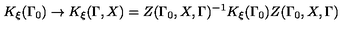
K _ { \xi } ( \Gamma _ { 0 } ) \rightarrow K _ { \xi } ( \Gamma , X ) = Z ( \Gamma _ { 0 } , X , \Gamma ) ^ { - 1 } K _ { \xi } ( \Gamma _ { 0 } ) Z ( \Gamma _ { 0 } , X , \Gamma )